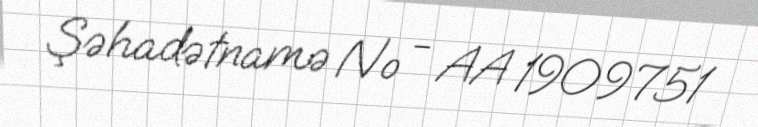
Şəhadətnamə № - AA 1909751